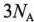
3N_{A}